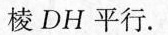
棱DH平行。